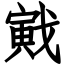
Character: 戭